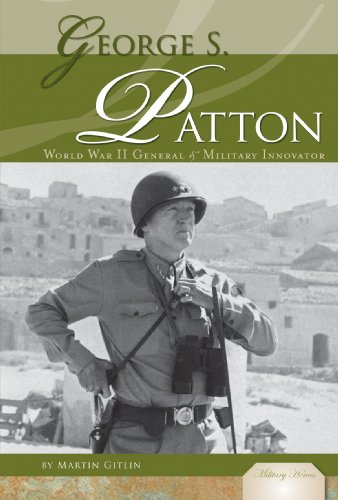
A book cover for George S. Patton: World War II General & Military Innovator (Military Heroes); Martin Gitlin; Teen & Young Adult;